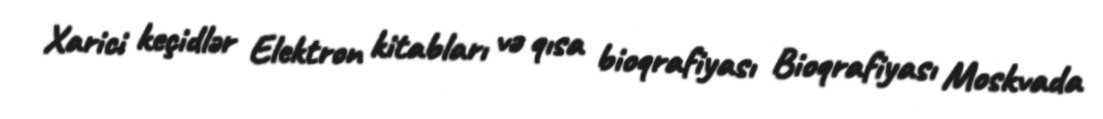
Xarici keçidlər Elektron kitabları və qısa bioqrafiyası Bioqrafiyası Moskvada